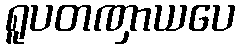
ရူပတဏှာယပေ